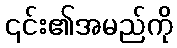
၎င်း၏အမည်ကို